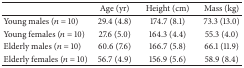
<table><thead><tr><td><b> </b></td><td><b>Age (yr)</b></td><td><b>Height (cm)</b></td><td><b>Mass (kg)</b></td></tr></thead><tbody><tr><td>Young males (<i>n</i> = 10)</td><td>29.4 (4.8)</td><td>174.7 (8.1)</td><td>73.3 (13.0)</td></tr><tr><td>Young females (<i>n</i> = 10)</td><td>27.6 (5.0)</td><td>164.3 (4.4)</td><td>55.3 (4.0)</td></tr><tr><td>Elderly males (<i>n</i> = 10)</td><td>60.6 (7.6)</td><td>166.7 (5.8)</td><td>66.1 (11.9)</td></tr><tr><td>Elderly females (<i>n</i> = 10)</td><td>56.7 (4.9)</td><td>156.9 (5.6)</td><td>58.9 (8.4)</td></tr></tbody></table>